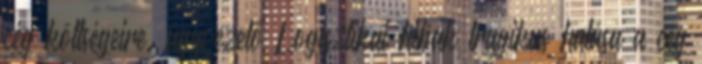
cég költségeire. ügyvezető Logisztikai hibák tragikus hatása a cég